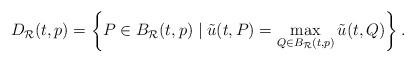
LaTeX: \begin{align*}D_\mathcal{R}(t,p)=\left\{ P\in B_\mathcal{R}(t,p) \mid \tilde{u}(t,P)=\max_{Q\in B_\mathcal{R}(t,p)}\tilde{u}(t,Q) \right\}.\end{align*}